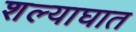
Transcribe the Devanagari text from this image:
शल्याघात